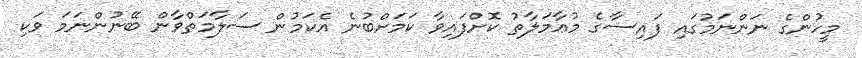
މީހުންގެ ނަންނަމުގައި ފައިސާގެ މުޢާމަލާތު ކޮށްފައިވާ ކަމަށްބުނެ އެކަމުން ސަލާމަތްވާން ބޭނުންނަމަ ވަކި